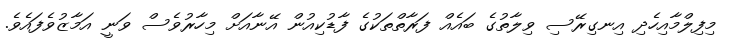
މިފިލްމާއިހެދި އިނގިރޭސި ވިލާތުގެ ބައެއް ފަރާތްތަކުގެ ފާޑުކިއުން އޭނާއަށް މިހާރުވެސް ވަނީ އަމާޒުވެފައެވެ.